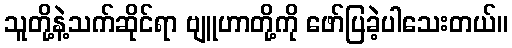
သူတို့နဲ့သက်ဆိုင်ရာ ဗျူဟာတို့ကို ဖော်ပြခဲ့ပါသေးတယ်။